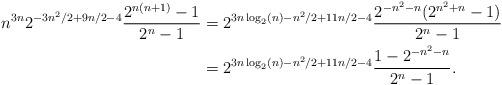
LaTeX: \begin{align*}n^{3n}2^{-3n^2/2+9n/2-4} \frac{2^{n(n+1)}-1}{2^n-1} &= 2^{3n\log_2(n) - n^2/2+11n/2-4} \frac{2^{-n^2-n}(2^{n^2+n}-1)}{2^n-1} \\& = 2^{3n\log_2(n)-n^2/2 +11n/2 -4} \frac{1-2^{-n^2-n}}{2^{n}-1}.\end{align*}